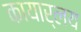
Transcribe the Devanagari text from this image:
कायार्लय